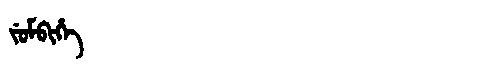
Manchu: ᠵᡠᠮᠪᡳᡥᡝ
Romanization: JUMBIHE